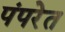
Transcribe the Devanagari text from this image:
पंपरेत